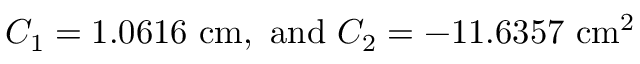
C _ { 1 } = 1 . 0 6 1 6 \ \mathrm { c m } , \ \mathrm { a n d } \ C _ { 2 } = - 1 1 . 6 3 5 7 \ \mathrm { c m } ^ { 2 }